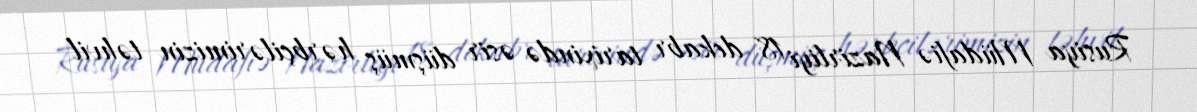
Rusiya Müdafiə Nazirliyi 18 dekabr tarixində əsir düşmüş hərbçilərimizin təhvil